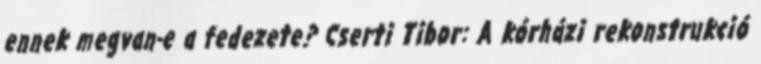
ennek megvan-e a fedezete? Cserti Tibor: A kórházi rekonstrukció